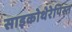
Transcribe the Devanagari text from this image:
साइकोथेरेपिस्त